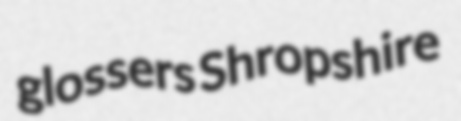
glossers Shropshire